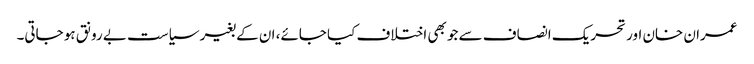
عمران خان اور تحریک انصاف سے جو بھی اختلاف کیا جائے، ان کے بغیر سیاست بے رونق ہو جاتی۔